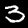
Label: 3